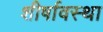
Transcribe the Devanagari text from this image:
शीर्षावस्था